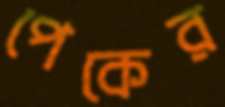
পেকের